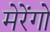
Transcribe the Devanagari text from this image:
मेरेंगो